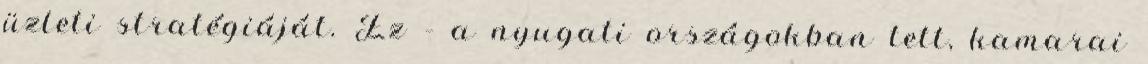
üzleti stratégiáját. Ez – a nyugati országokban tett, kamarai